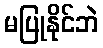
မပြုနိုင်ဘဲ